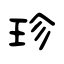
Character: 珍